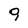
Character: 9